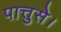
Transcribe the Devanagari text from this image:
पात्तुसे।